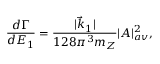
{ \frac { d \Gamma } { d E _ { 1 } } } = { \frac { | \vec { k } _ { 1 } | } { 1 2 8 \pi ^ { 3 } m _ { Z } } } | { \cal A } | _ { a v } ^ { 2 } ,